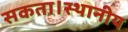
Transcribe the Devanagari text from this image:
सकता।स्थानीय